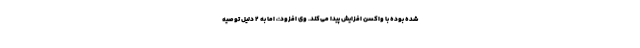
شده بوده با واکسن افزایش پیدا می‌کند. وی افزود:، اما به ۲ دلیل توصیه